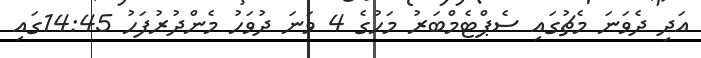
އަދި ދެވަނަ މެޗުގައި ސެޕްޓެމްބަރު މަހުގެ 4 ވަނަ ދުވަހު މެންދުރުފަހު 14:45ގައި